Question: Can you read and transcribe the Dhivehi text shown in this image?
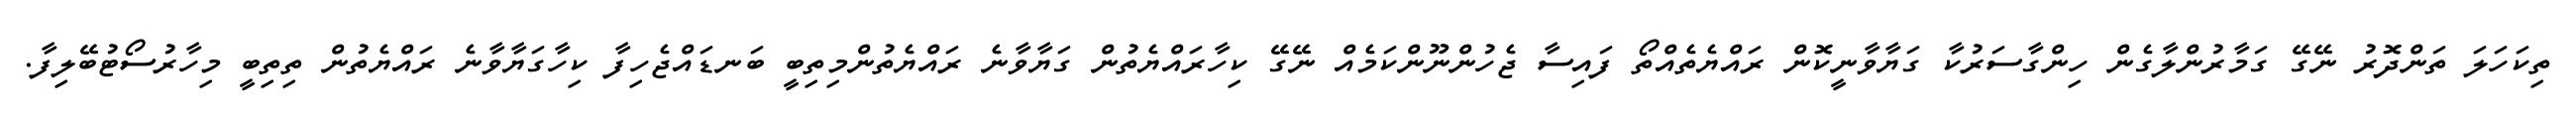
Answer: ތިކަހަލަ ތަންދޮރު ނޭގޭ ގަމާރުންލާގެން ހިންގާސަރުކާ ގަޔާވާނީކޮން ރައްޔެތެއްތޯ ފައިސާ ޖެހުންނޫންކަމެއް ނޭގޭ ކިހާރައްޔެތުން ގަޔާވާނެ ރައްޔެތުންމިތިބީ ބަނޑައްޖެހިފާ ކިހާގަޔާވާނެ ރައްޔެތުން ތިތިބީ މިހާރުސޯޓުބޭލިފާ.